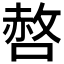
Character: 𭊆